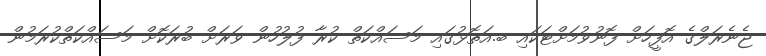
ޖެނެރަލްގެ އޮފީހަށް ފޮނުވުމަށްޓަކައި ބ.އަތޮޅުގައި މަސައްކަތް ކުރާ ފުލުހުން ވަރަށް ބުރަކޮށް މަސައްކަތްކުރަމުން